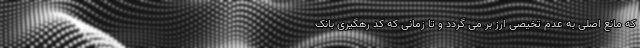
که مانع اصلی به عدم تخیصی ارز بر می گردد و تا زمانی که کد رهگیری بانک